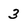
Character: 3